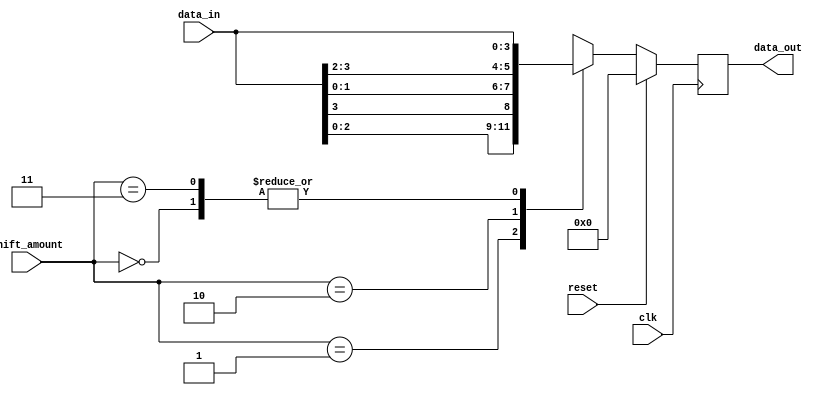
module barrel_shift_register(
  input clk,
  input reset,
  input [3:0] data_in,
  input [1:0] shift_amount,
  output reg [3:0] data_out
);

  always @(posedge clk) begin
    if (reset) begin
      data_out <= 4'b0000;
    end else begin
      case (shift_amount)
        2'b00: data_out <= data_in;
        2'b01: data_out <= {data_in[2:0], data_in[3]};
        2'b10: data_out <= {data_in[1:0], data_in[3:2]};
        2'b11: data_out <= {data_in[3], data_in[2:0]};
      endcase
    end
  end

endmodule